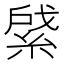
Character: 䋯